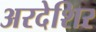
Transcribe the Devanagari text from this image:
अरदेशिर